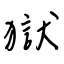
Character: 獄